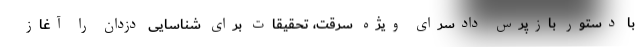
با دستور بازپرس دادسرای ویژه سرقت، تحقیقات برای شناسایی دزدان را آغاز